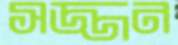
সজ্জন